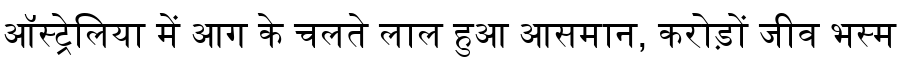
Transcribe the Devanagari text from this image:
ऑस्ट्रेलिया में आग के चलते लाल हुआ आसमान, करोड़ों जीव भस्म